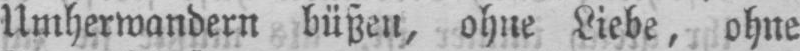
Umherwandern büßen, ohne Liebe, ohne